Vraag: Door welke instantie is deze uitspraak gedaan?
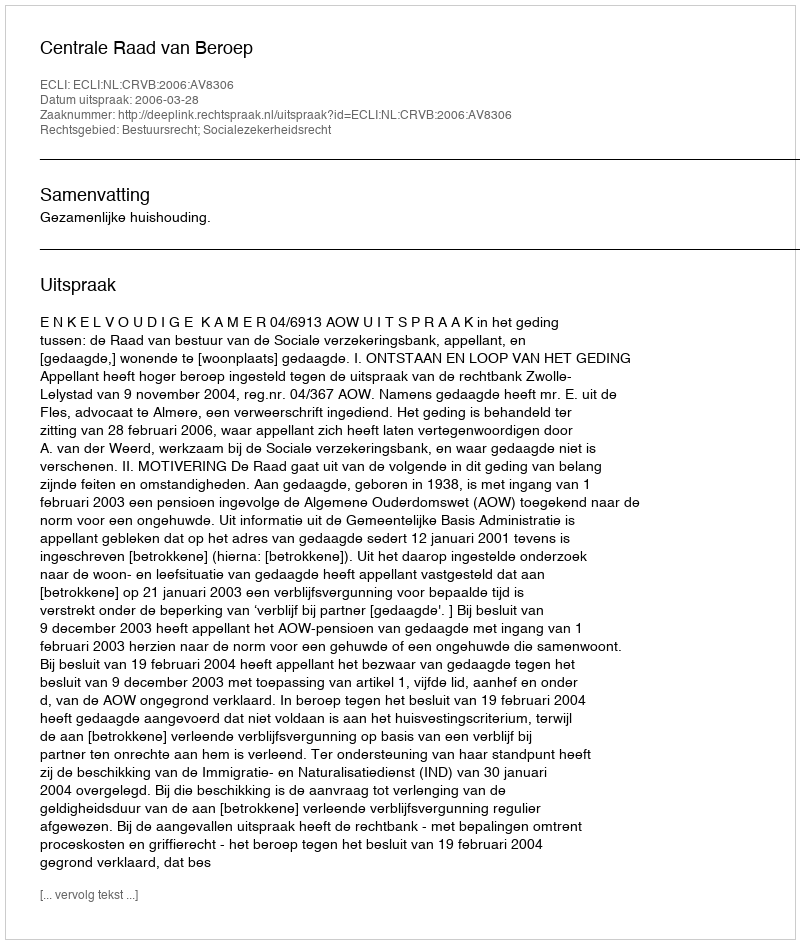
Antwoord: Centrale Raad van Beroep